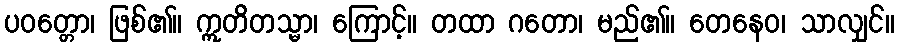
ပဝတ္တော၊ ဖြစ်၏။ ဣတိတသ္မာ၊ ကြောင့်။ တထာ ဂတော၊ မည်၏။ တေနေဝ၊ သာလျှင်။